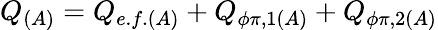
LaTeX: Q_{(A)}=Q_{e.f.(A)}+Q_{\phi\pi,1(A)}+Q_{\phi\pi,2(A)}